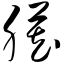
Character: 脏